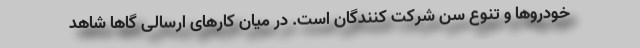
خودروها و تنوع سن شرکت کنندگان است. در میان کارهای ارسالی گاها شاهد